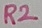
Text: R2